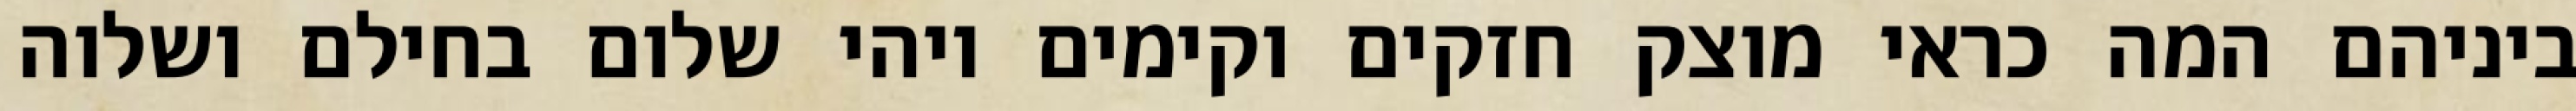
ביניהם המה כראי מוצק חזקים וקימים ויהי שלום בחילם ושלוה